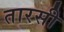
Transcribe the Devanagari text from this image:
तारसी